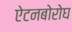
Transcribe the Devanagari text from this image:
ऐटनबोरोघ